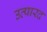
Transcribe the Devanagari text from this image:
उत्पारद